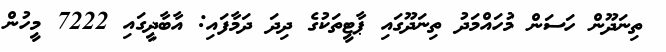
ތިނަދޫން ހަސަން މުހައްމަދު ތިނަދޫގައި ޕާޓީތަކުގެ ދިދަ ދަމާފައި: އާބާދީގައި 7222 މީހުން